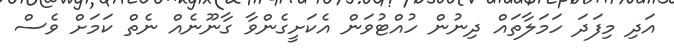
އަދި މިފަދަ ހަމަލާތައް ދިނުން ހުއްޓުވަން އެކަށީގެންވާ ގާނޫނެއް ނެތް ކަމަށް ވެސް